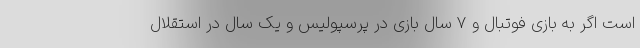
است اگر به بازی فوتبال و 7 سال بازی در پرسپولیس و یک سال در استقلال